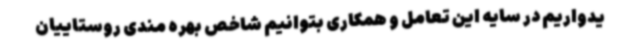
یدواریم در سایه این تعامل و همکاری بتوانیم شاخص بهره مندی روستاییان